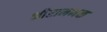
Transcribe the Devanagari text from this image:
श्रीरामभक्त